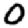
Digit: 0